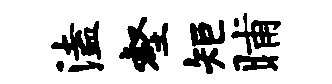
溘壑矩晡